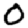
Digit: 0